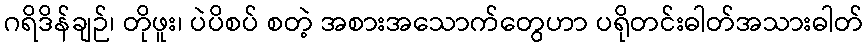
ဂရိဒိန်ချဉ်၊ တိုဖူး၊ ပဲပိစပ် စတဲ့ အစားအသောက်တွေဟာ ပရိုတင်းဓါတ်အသားဓါတ်